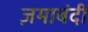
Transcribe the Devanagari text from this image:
ज़माबंदी